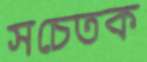
সচেতক